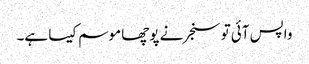
واپس آئی تو سنجر نے پوچھا موسم کیسا ہے۔